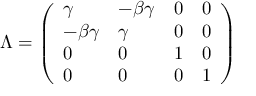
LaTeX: \Lambda = { \left( \begin{array} { l l l l } { \gamma } & { - \beta \gamma } & { 0 } & { 0 } \\ { - \beta \gamma } & { \gamma } & { 0 } & { 0 } \\ { 0 } & { 0 } & { 1 } & { 0 } \\ { 0 } & { 0 } & { 0 } & { 1 } \end{array} \right) }